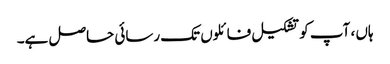
ہاں ، آپ کو تشکیل فائلوں تک رسائی حاصل ہے۔